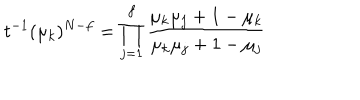
t ^ { - 1 } ( \mu _ { k } ) ^ { N - f } = \prod _ { j = 1 } ^ { f } \frac { \mu _ { k } \mu _ { j } + 1 - \mu _ { k } } { \mu _ { k } \mu _ { j } + 1 - \mu _ { j } }